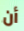
أن